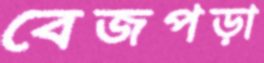
বেজপড়া